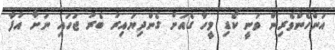
އަންހެންވެރިން ވަނީ ކޯޑި މީހާ ގެއަށް ގެންދިޔައިރު ބެރު ޖަހައި ނަށާ އުފާ